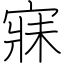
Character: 寐